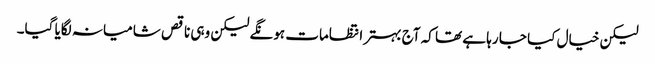
لیکن خیال کیا جا رہا ہے تھا کہ آج بہتر انتظامات ہونگے لیکن وہی ناقص شامیانہ لگایا گیا۔